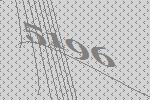
5196